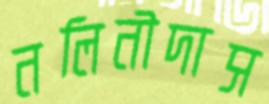
নলিনীদাস